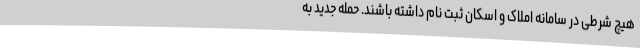
هیچ شرطی در سامانه املاک و اسکان ثبت نام داشته باشند. حمله جدید به